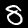
Label: 8